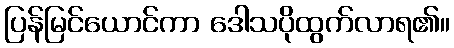
ပြန်မြင်ယောင်ကာ ဒေါသပိုထွက်လာရ၏။